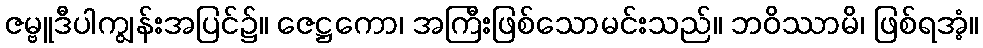
ဇမ္ဗူဒီပါကျွန်းအပြင်၌။ ဇေဋ္ဌကော၊ အကြီးဖြစ်သောမင်းသည်။ ဘဝိဿာမိ၊ ဖြစ်ရအံ့။